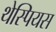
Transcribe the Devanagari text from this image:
थेस्पियस